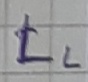
Text: LL